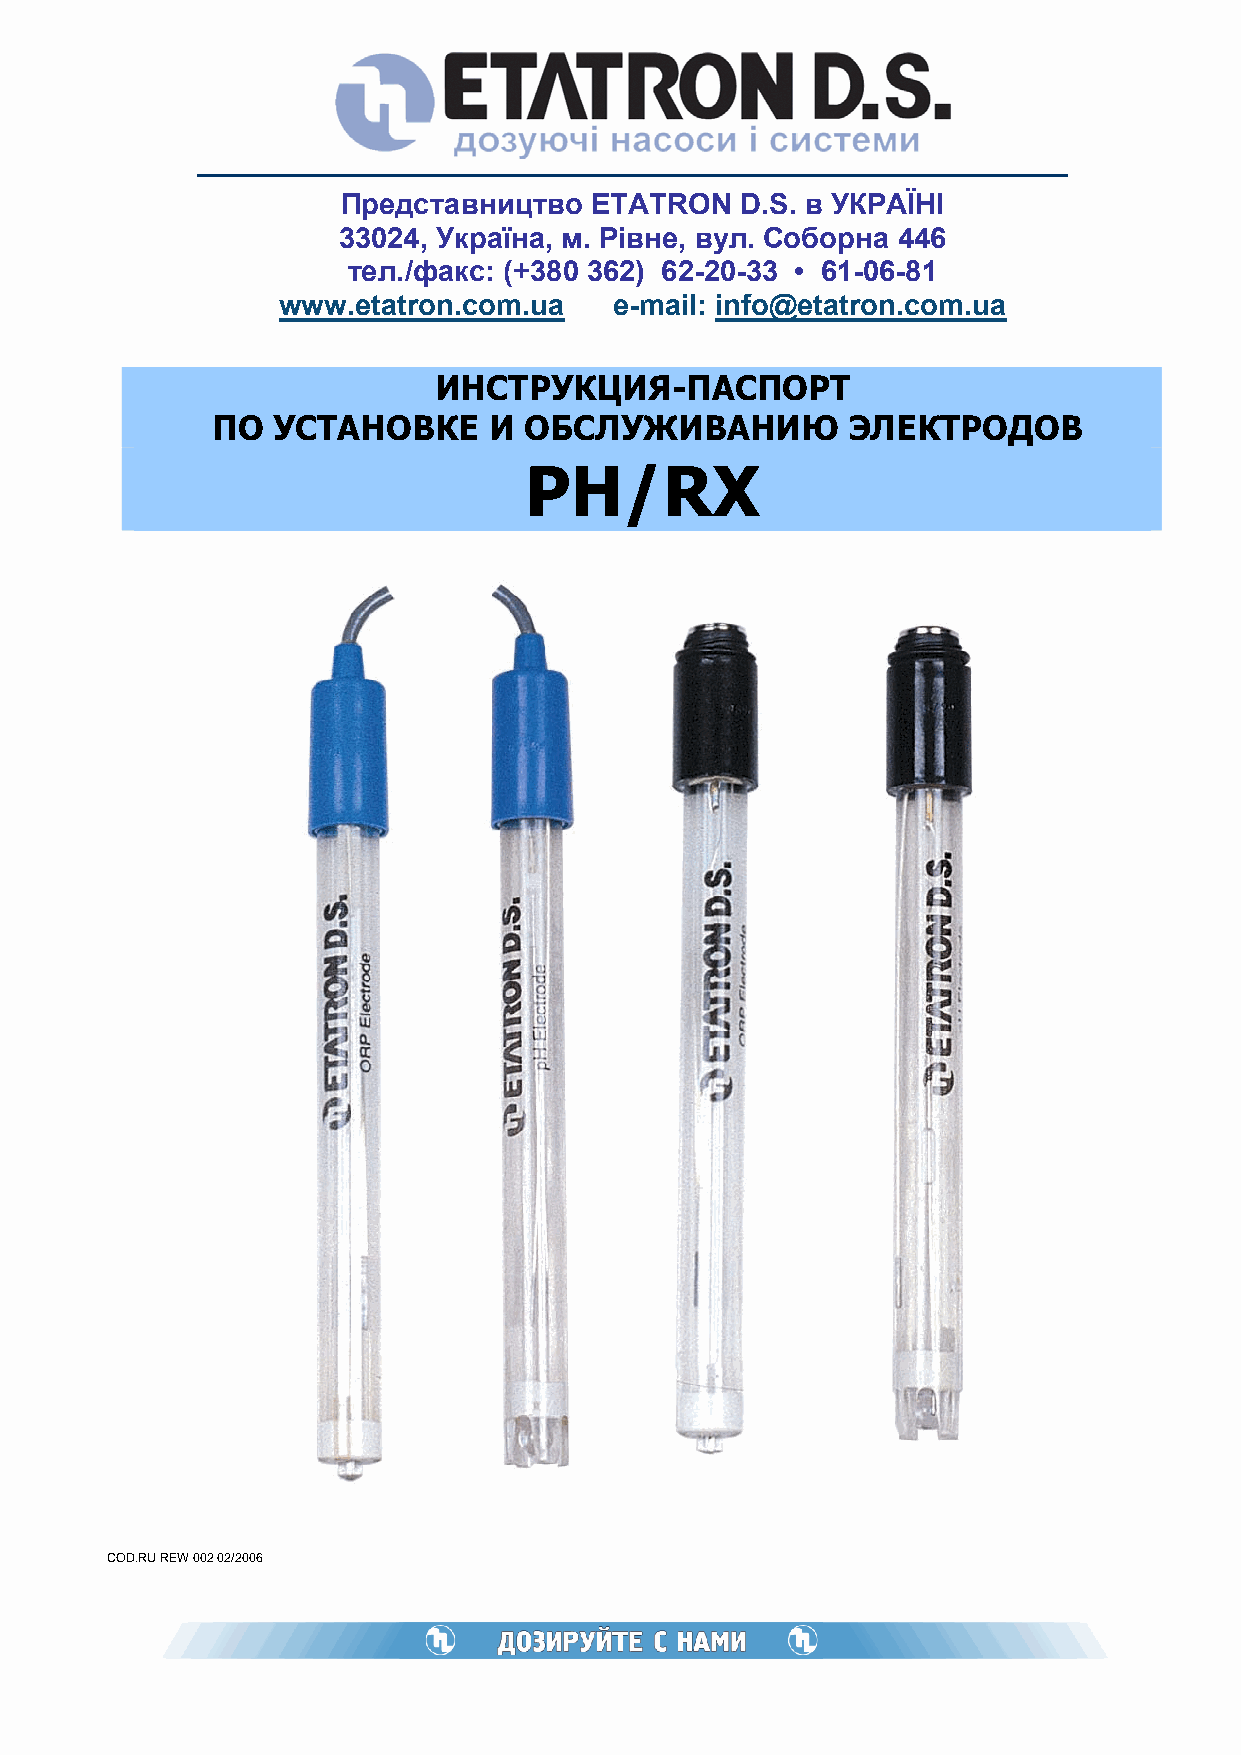
Представництво  ETATRON   D.S. в УКРАЇНІ
 33024, Україна, м. Рівне, вул. Соборна 446
 тел./факс: (+380 362) 62-20-33 • 61-06-81
 www.etatron.com.ua     e-mail: info@etatron.com.ua
 ИНСТРУКЦИЯ-ПАСПОРТ
 ПО  УСТАНОВКЕ     И  ОБСЛУЖИВАНИЮ         ЭЛЕКТРОДОВ
 РН/RX
 COD.RU REW 002 02/2006